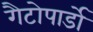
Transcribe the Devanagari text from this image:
गैटोपार्डो